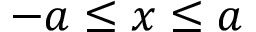
- a \le x \le a